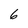
Character: 6